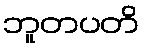
ဘူတပတိ